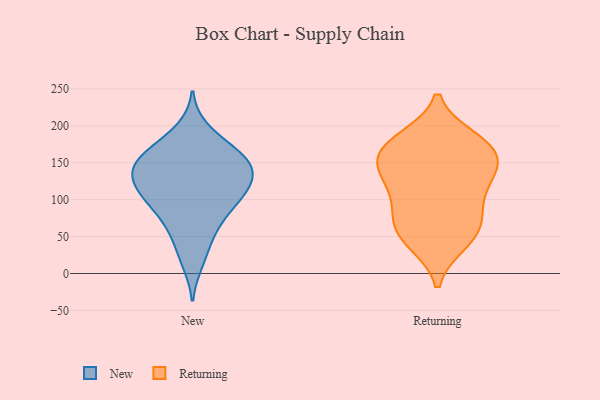
{"axis": {"x": "Shipments", "y": "Value"}, "legend": ["New", "Returning"], "data": [{"x": "", "y": 196, "type": "New"}, {"x": "", "y": 170, "type": "New"}, {"x": "", "y": 106, "type": "New"}, {"x": "", "y": 156, "type": "New"}, {"x": "", "y": 160, "type": "New"}, {"x": "", "y": 114, "type": "New"}, {"x": "", "y": 61, "type": "New"}, {"x": "", "y": 71, "type": "New"}, {"x": "", "y": 88, "type": "New"}, {"x": "", "y": 95, "type": "New"}, {"x": "", "y": 39, "type": "New"}, {"x": "", "y": 173, "type": "New"}, {"x": "", "y": 144, "type": "New"}, {"x": "", "y": 112, "type": "New"}, {"x": "", "y": 144, "type": "New"}, {"x": "", "y": 139, "type": "New"}, {"x": "", "y": 132, "type": "New"}, {"x": "", "y": 114, "type": "New"}, {"x": "", "y": 139, "type": "New"}, {"x": "", "y": 14, "type": "New"}, {"x": "", "y": 71, "type": "Returning"}, {"x": "", "y": 157, "type": "Returning"}, {"x": "", "y": 41, "type": "Returning"}, {"x": "", "y": 136, "type": "Returning"}, {"x": "", "y": 177, "type": "Returning"}, {"x": "", "y": 98, "type": "Returning"}, {"x": "", "y": 129, "type": "Returning"}, {"x": "", "y": 67, "type": "Returning"}, {"x": "", "y": 93, "type": "Returning"}, {"x": "", "y": 59, "type": "Returning"}, {"x": "", "y": 123, "type": "Returning"}, {"x": "", "y": 146, "type": "Returning"}, {"x": "", "y": 152, "type": "Returning"}, {"x": "", "y": 171, "type": "Returning"}, {"x": "", "y": 42, "type": "Returning"}, {"x": "", "y": 179, "type": "Returning"}, {"x": "", "y": 183, "type": "Returning"}]}